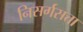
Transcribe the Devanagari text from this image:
निसर्गसत्ता